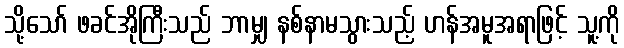
သို့သော် ဖခင်အိုကြီးသည် ဘာမျှ နစ်နာမသွားသည့် ဟန်အမူအရာဖြင့် သူ့ကို